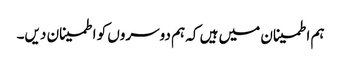
ہم اطمینان میں ہیں کہ ہم دوسروں کو اطمینان دیں۔